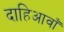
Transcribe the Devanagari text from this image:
दाहिआवाँ